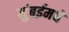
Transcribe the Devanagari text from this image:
मुंबईमधे